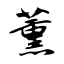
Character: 薰